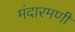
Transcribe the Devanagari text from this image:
मंदारमणी